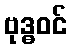
ဗုဒ္ဓဝင်